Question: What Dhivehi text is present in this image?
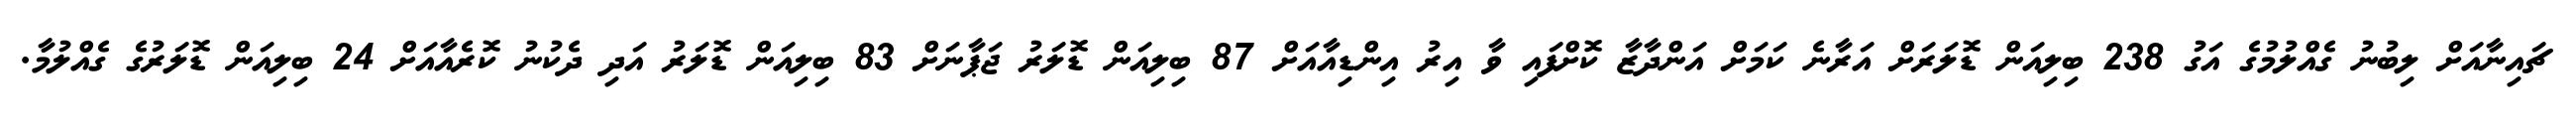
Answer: ޗައިނާއަށް ލިބުނު ގެއްލުމުގެ އަގު 238 ބިލިއަން ޑޮލަރަށް އަރާނެ ކަމަށް އަންދާޒާ ކޮށްފައި ވާ އިރު އިންޑިއާއަށް 87 ބިލިއަން ޑޮލަރު ޖަޕާނަށް 83 ބިލިއަން ޑޮލަރު އަދި ދެކުނު ކޮރެއާއަށް 24 ބިލިއަން ޑޮލަރުގެ ގެއްލުމާ.